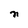
Character: n